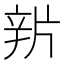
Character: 𨐏